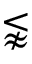
\lnapprox